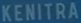
KENITRA